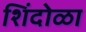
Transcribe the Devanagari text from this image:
शिंदोळा